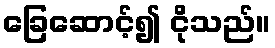
ခြေဆောင့်၍ ငိုသည်။